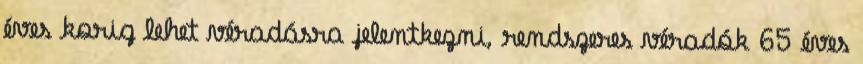
éves korig lehet véradásra jelentkezni, rendszeres véradók 65 éves